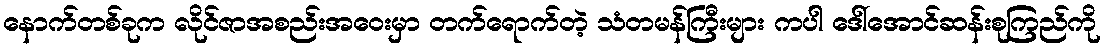
နောက်တစ်ခုက လိုင်ဇာအစည်းအဝေးမှာ တက်ရောက်တဲ့ သံတမန်ကြီးများ ကပါ ဒေါ်အောင်ဆန်းစုကြည်ကို